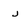
Character: j